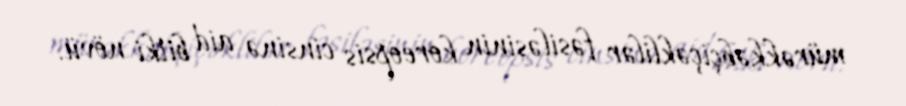
mürəkkəbçiçəklilər fəsiləsinin koreopsis cinsinə aid bitki növü.